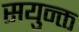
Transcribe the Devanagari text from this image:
सयुन्क्त